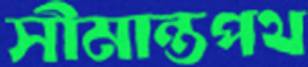
সীমান্তপথ